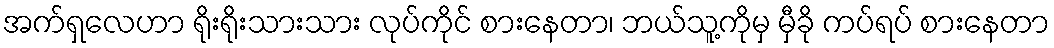
အက်ရှလေဟာ ရိုးရိုးသားသား လုပ်ကိုင် စားနေတာ၊ ဘယ်သူ့ကိုမှ မှီခို ကပ်ရပ် စားနေတာ